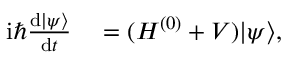
\begin{array} { r l } { \mathrm { i } \hbar \frac { \mathrm { d } | \psi \rangle } { \mathrm { d } t } } & { { } = ( H ^ { ( 0 ) } + V ) | \psi \rangle , } \end{array}